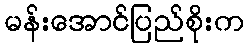
မန်းအောင်ပြည်စိုးက